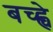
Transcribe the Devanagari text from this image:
बच्ह्चे